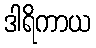
ဒါရိကာယ